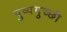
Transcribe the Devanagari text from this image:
पुष्पगुच्छी